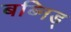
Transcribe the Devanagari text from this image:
बब्निड्